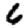
Digit: 6